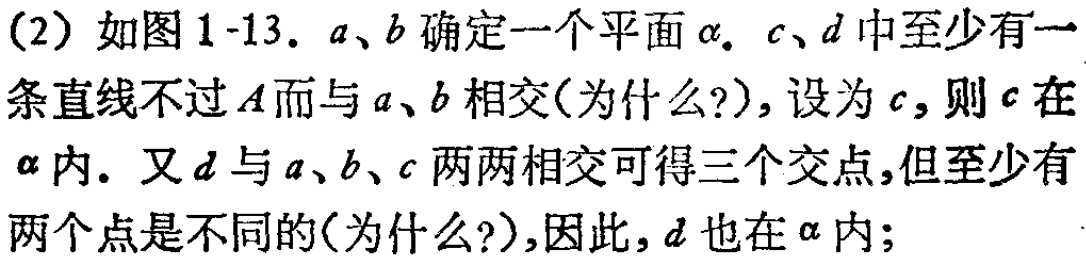
(2) 如图1-13. \(a\)、\(b\)确定一个平面\(\alpha\). \(c\)、\(d\)中至少有一条直线不过\(A\)而与\(a\)、\(b\)相交(为什么?), 设为\(c\), 则\(c\)在\(\alpha\)内. 又\(d\)与\(a\)、\(b\)、\(c\)两两相交可得三个交点,但至少有两个点是不同的(为什么?),因此,\(d\)也在\(\alpha\)内;